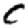
Digit: 0